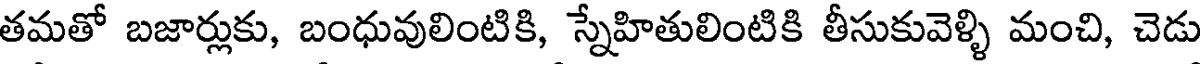
తమతో బజార్లుకు, బంధువులింటికి, స్నేహితులింటికి తీసుకువెళ్ళి మంచి, చెడు